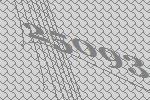
25093